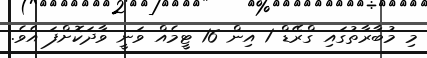
މި މުބާރާތުގައި ގްރޭޑް 1 އިން 16 ޓީމެއް ވަނީ ވާދަކޮށްފަ އެވެ.